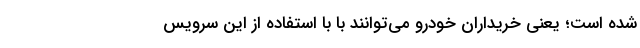
شده است؛ یعنی خریداران خودرو می‌توانند با با استفاده از این سرویس